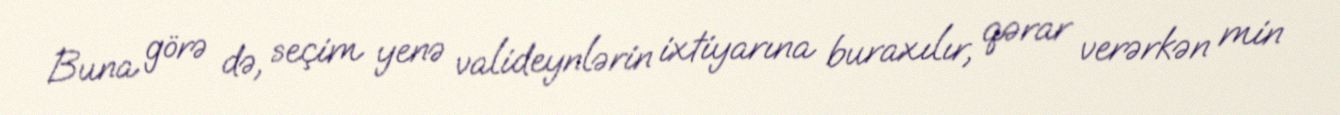
Buna görə də, seçim yenə valideynlərin ixtiyarına buraxılır, qərar verərkən min